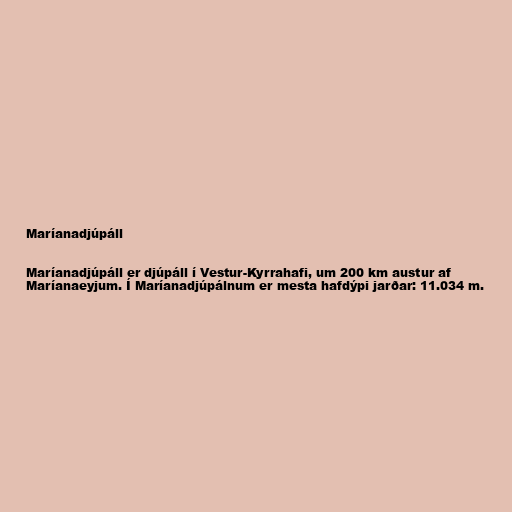
Maríanadjúpáll

Maríanadjúpáll er djúpáll í Vestur-Kyrrahafi, um 200 km austur af
Maríanaeyjum. Í Maríanadjúpálnum er mesta hafdýpi jarðar: 11.034 m.